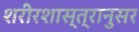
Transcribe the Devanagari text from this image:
शरीरशास्त्रानुसर